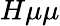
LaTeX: H\mu\mu